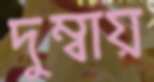
দুম্বায়